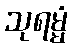
သုရမ္မံ